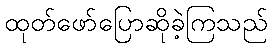
ထုတ်ဖော်ပြောဆိုခဲ့ကြသည်